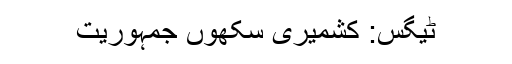
ٹیگس: کشمیری سکھوں جمہوریت